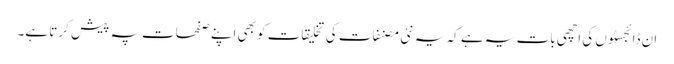
ان ڈائجسٹوں کی اچھی بات یہ ہے کہ یہ نئی مصنفات کی تخلیقات کو بھی اپنے صفحات پہ پیش کرتا ہے۔